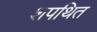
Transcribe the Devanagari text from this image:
शपथित